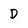
Character: D